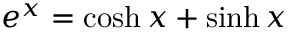
e ^ { x } = \cosh x + \sinh x